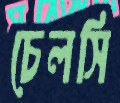
চেলসি